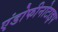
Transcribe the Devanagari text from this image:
एंडोफीनोटाइप